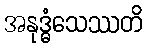
အနုဒ္ဓံသေဿတိ